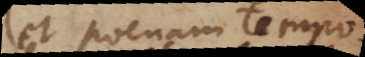
et poenam temporalem